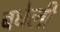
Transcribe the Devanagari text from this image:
बधेली